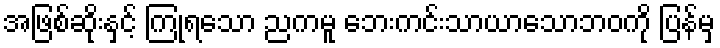
အဖြစ်ဆိုးနှင့် ကြုံရသော ညကမူ ဘေးကင်းသာယာသောဘဝကို ပြန်မှ